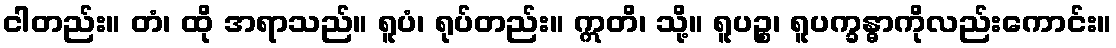
ငါတည်း။ တံ၊ ထို အရာသည်။ ရူပံ၊ ရုပ်တည်း။ ဣတိ၊ သို့။ ရူပဉ္စ၊ ရူပက္ခန္ဓာကိုလည်းကောင်း။